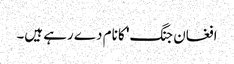
افغان جنگ' کا نام دے رہے ہیں۔